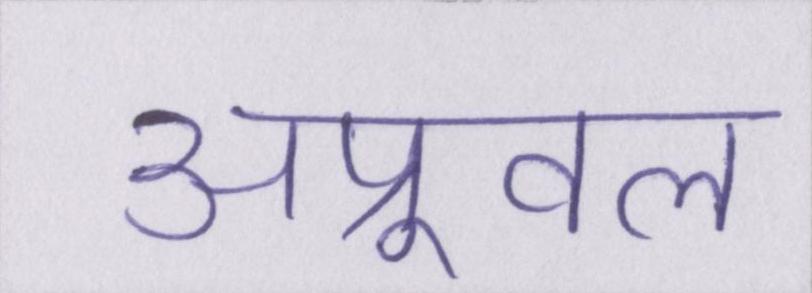
अप्रूवल